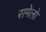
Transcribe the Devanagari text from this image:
रामेलो